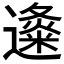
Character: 𲆃